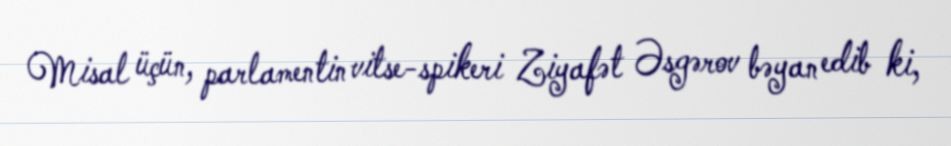
Misal üçün, parlamentin vitse-spikeri Ziyafət Əsgərov bəyan edib ki,